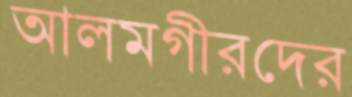
আলমগীরদের